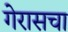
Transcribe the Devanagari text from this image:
गेरासचा